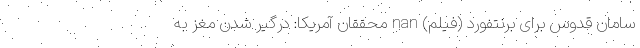
سامان قدوس برای برنتفورد (فیلم) nan محققان آمریکا: درگیر شدن مغز به